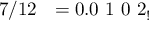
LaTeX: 7 / 1 2 \ \ = 0 . 0 \ 1 \ 0 \ 2 _ { ! }